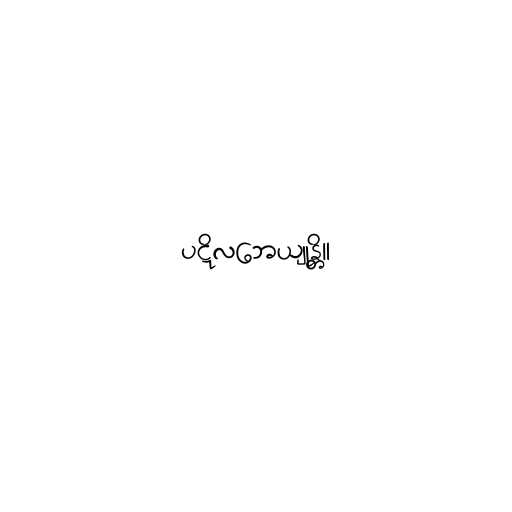
ပဋိလဘေယျုန္တိ။